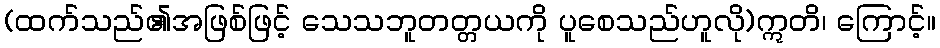
(ထက်သည်၏အဖြစ်ဖြင့် သေသဘူတတ္တယကို ပူစေသည်ဟူလို)ဣတိ၊ ကြောင့်။